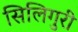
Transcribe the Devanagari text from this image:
सिलिगुरी